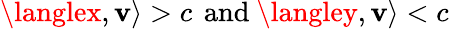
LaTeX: \langlex,\mathbf{v}\rangle>c\, {\mathrm{{~and~}}}\langley,\mathbf{v}\rangle<c